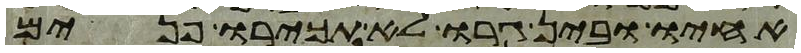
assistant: אחיו ובין גרו לא תכירו פנים